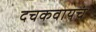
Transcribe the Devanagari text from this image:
दचकवायचं